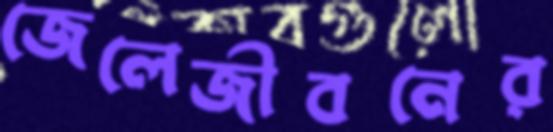
জেলেজীবনের